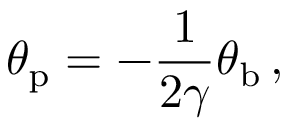
\theta _ { \mathrm { p } } = - { \frac { 1 } { 2 \gamma } } \theta _ { \mathrm { b } } \, ,